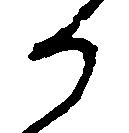
か